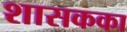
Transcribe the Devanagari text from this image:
शासकका